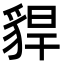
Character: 貋